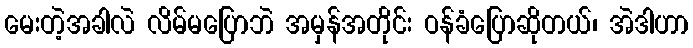
မေးတဲ့အခါလဲ လိမ်မပြောဘဲ အမှန်အတိုင်း ဝန်ခံပြောဆိုတယ်၊ အဲဒါဟာ